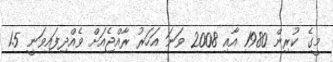
މީގެ ކުރިން 1980 އާއި 2008 ވަނަ އަހަރު ރާއްޖެއަށް ވެއްދިފައިވަނީ 1.5